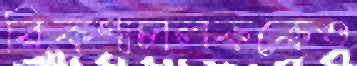
রিকশাচালককেও